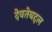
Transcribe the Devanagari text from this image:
देवतेबद्दल